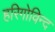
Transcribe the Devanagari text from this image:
हरिगोविन्द